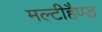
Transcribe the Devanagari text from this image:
मल्टीहैण्ड